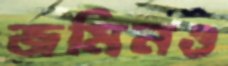
জমিনও